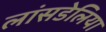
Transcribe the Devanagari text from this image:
लांसडेलिया